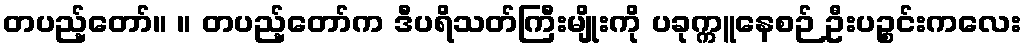
တပည့်တော်။ ။ တပည့်တော်က ဒီပရိသတ်ကြီးမျိုးကို ပခုက္ကူနေစဉ် ဦးပဉ္စင်းကလေး